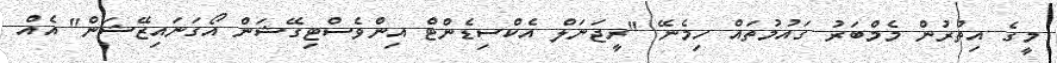
މީގެ އިތުރުން މެމްބަރު ގައުމުތައް ހިމެނޭ "ރީޖަނަލް އެކްސިޑެންޓް އިންވެސްޓިގޭޝަން އޯގަނައިޒޭޝަން" އެއް